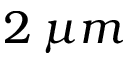
2 \: \mu m